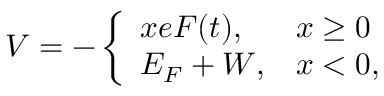
V = - \left\{ \begin{array} { l l } { x e F ( t ) , } & { x \geq 0 } \\ { E _ { F } + W , } & { x < 0 , } \end{array} \right.